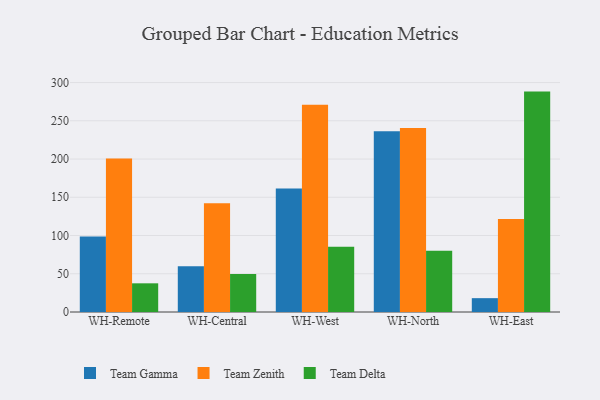
{"axis": {"x": "Warehouse", "y": "Humidity (%)"}, "legend": ["Team Delta", "Team Gamma", "Team Zenith"], "data": [{"x": "WH-Remote", "y": 98.7, "type": "Team Gamma"}, {"x": "WH-Remote", "y": 200.8, "type": "Team Zenith"}, {"x": "WH-Remote", "y": 37.5, "type": "Team Delta"}, {"x": "WH-Central", "y": 59.9, "type": "Team Gamma"}, {"x": "WH-Central", "y": 142.3, "type": "Team Zenith"}, {"x": "WH-Central", "y": 49.7, "type": "Team Delta"}, {"x": "WH-West", "y": 161.4, "type": "Team Gamma"}, {"x": "WH-West", "y": 271.1, "type": "Team Zenith"}, {"x": "WH-West", "y": 85.3, "type": "Team Delta"}, {"x": "WH-North", "y": 236.4, "type": "Team Gamma"}, {"x": "WH-North", "y": 240.6, "type": "Team Zenith"}, {"x": "WH-North", "y": 80.2, "type": "Team Delta"}, {"x": "WH-East", "y": 18.1, "type": "Team Gamma"}, {"x": "WH-East", "y": 121.5, "type": "Team Zenith"}, {"x": "WH-East", "y": 288.2, "type": "Team Delta"}]}